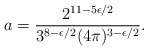
\begin{align*}a= \frac{2^{11-5\epsilon /2}}{3^{8-\epsilon /2}(4\pi )^{3-\epsilon/2}}.\end{align*}